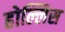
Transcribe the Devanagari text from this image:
होल्लिस